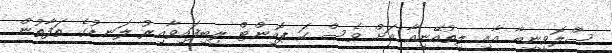
ސްލޮވީނިއާ އާއި ލިތުއޭނިއާ އަށް ވެސް ހަ ޕޮއިންޓް ލިބިފައިވާއިރު ލަނޑުގެ ތަފާތުން